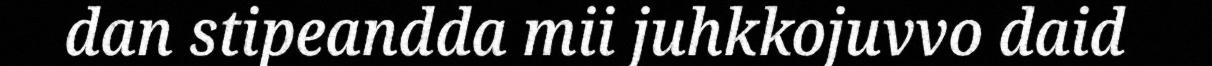
dan stipeandda mii juhkkojuvvo daid